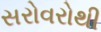
સરોવરોથી